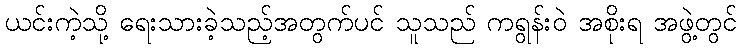
ယင်းကဲ့သို့ ရေးသားခဲ့သည့်အတွက်ပင် သူသည် ကရွန်းဝဲ အစိုးရ အဖွဲ့တွင်